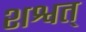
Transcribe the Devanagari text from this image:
शश्वत्